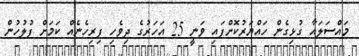
މައްސަލައާ ގުޅިގެން ހައްޔަރުކޮށްފައި ވަނީ 25 އަހަރުގެ ދިވެހި ފިރިހެނެއް ކަމަށް ފުލުހުން